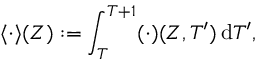
\langle \cdot \rangle ( Z ) : = \int _ { T } ^ { T + 1 } ( \cdot ) ( Z , T ^ { \prime } ) \, \mathrm { d } T ^ { \prime } ,